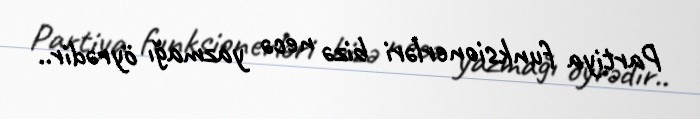
Partiya funksionerləri bizə necə yazmağı öyrədir..